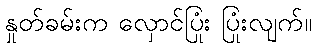
နှုတ်ခမ်းက လှောင်ပြုံး ပြုံးလျက်။